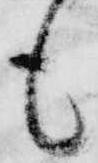
も